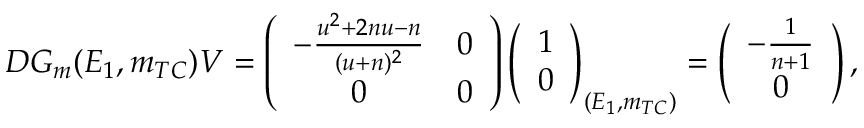
D G _ { m } ( E _ { 1 } , m _ { T C } ) V = \left( \begin{array} { c c } { - \frac { u ^ { 2 } + 2 n u - n } { ( u + n ) ^ { 2 } } } & { 0 } \\ { 0 } & { 0 } \end{array} \right) \left( \begin{array} { c } { 1 } \\ { 0 } \end{array} \right) _ { ( E _ { 1 } , m _ { T C } ) } = \left( \begin{array} { c } { - \frac { 1 } { n + 1 } } \\ { 0 } \end{array} \right) ,